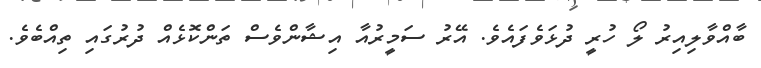
ބާއްވާލިއިރު ލޯ ހުރީ ދުޅަވެފައެވެ. އޭރު ސަމީރުއާ އިޝާންވެސް ތަންކޮޅެއް ދުރުގައި ތިއްބެވެ.